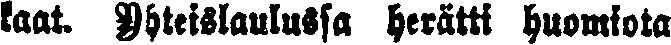
kaat. Yhteislaulussa herätti huomiota